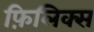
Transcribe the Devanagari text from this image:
फ़िलिक्स